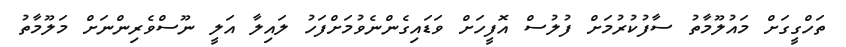
ތަހްގީގަށް މައުލޫމާތު ސާފުކުރުމަށް ފުލުސް އޮފީހަށް ވަޑައިގެންނެވުމަށްފަހު ލައިލާ އަލީ ނޫސްވެރިންނަށް މަލޫމާތު